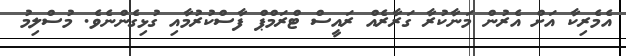
އެމެރިކާ އަށް އެރުން މަނާކުރާ ގަރާރެއް ރައީސް ޓްރަމްޕް ފާސްކުރުމާއި ގުޅިގެންނެވެ. މުސްލިމު